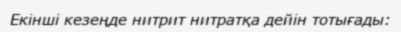
Екінші кезеңде нитрит нитратқа дейін тотығады: